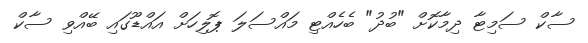
ސާކް ސަމިޓާ ދިމާކޮށް "ބުދު" ބެހެއްޓި މައްސަލަ ޕޮލިހަށް އައްޑޫގައި ބޭއްވި ސާކް